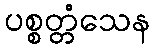
ပစ္စတ္တံသေန